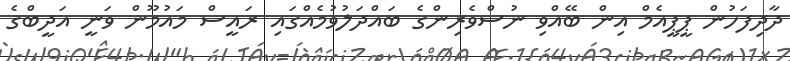
ދާދިފަހުން ޕީޕީއެމް އިން ބޭއްވި ނުސްވެރިންގެ ބައްދަލުވުމެއްގައި ރައީސް މައުމޫން ވަނީ އަދީބްގެ